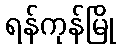
ရန်ကုန်မြို